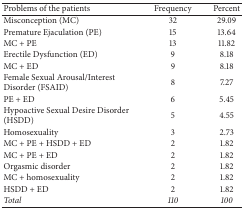
| Problems of the patients | Frequency | Percent |
 | --- | --- | --- |
 | Misconception (MC) | 32 | 29.09 |
 | Premature Ejaculation (PE) | 15 | 13.64 |
 | MC + PE | 13 | 11.82 |
 | Erectile Dysfunction (ED) | 9 | 8.18 |
 | MC + ED | 9 | 8.18 |
 | Female Sexual Arousal/Interest Disorder (FSAID) | 8 | 7.27 |
 | PE + ED | 6 | 5.45 |
 | Hypoactive Sexual Desire Disorder (HSDD) | 5 | 4.55 |
 | Homosexuality | 3 | 2.73 |
 | MC + PE + HSDD + ED | 2 | 1.82 |
 | MC + PE + ED | 2 | 1.82 |
 | Orgasmic disorder | 2 | 1.82 |
 | MC + homosexuality | 2 | 1.82 |
 | HSDD + ED | 2 | 1.82 |
 | Total | 110 | 100 |